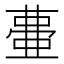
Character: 𭈰